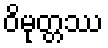
ဝိမုတ္တဿ